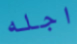
اجله